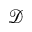
\mathcal { D }